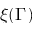
\xi ( \Gamma )